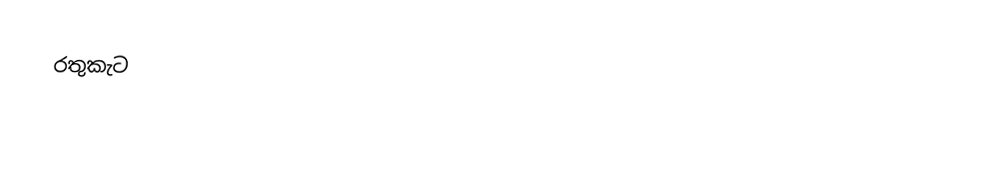
රතුකැට